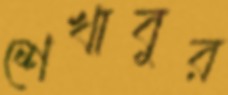
শেখাবুর